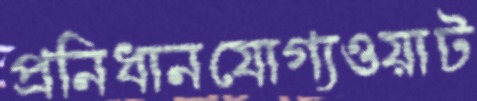
প্রনিধানযোগ্যওয়াট